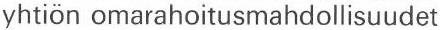
yhtiön omarahoitusmahdollisuudet